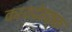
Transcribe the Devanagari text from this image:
कायदेहक्क